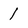
Character: 1